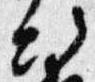
次